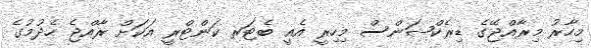
މިހާރު މިރާއްޖޭގެ ޑިރެކްޝަންސް މިހިރީ އެއީ ބެޓަރ ކަންޓްރީ އަކަށް ރާއްޖެ ހެދުމުގެ